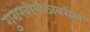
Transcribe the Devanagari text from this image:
गुराखीपीठावरील